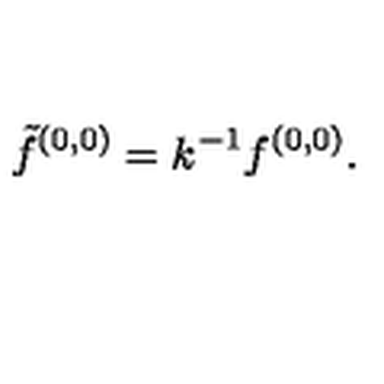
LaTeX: { \tilde { f } ^ { ( 0 , 0 ) } = k ^ { - 1 } f ^ { ( 0 , 0 ) } . }